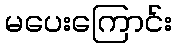
မပေးကြောင်း